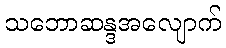
သဘောဆန္ဒအလျောက်